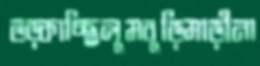
ভড়্‌কাচ্ছিলুমবুড়িমাড়ীনা